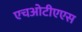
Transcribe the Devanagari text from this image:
एचओटीएएस